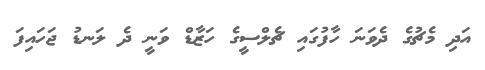
އަދި މެޗުގެ ދެވަނަ ހާފުގައި ޗެލްސީގެ ހަޒާޑް ވަނީ ދެ ލަނޑު ޖަހައިފަ